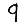
Digit: 9